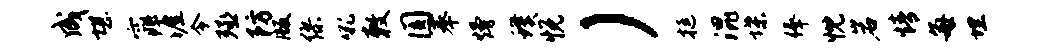
成堪窕涯令殛防版缪吼敕圆奉熳璞悦）挺混堞俸忱岩情每埋